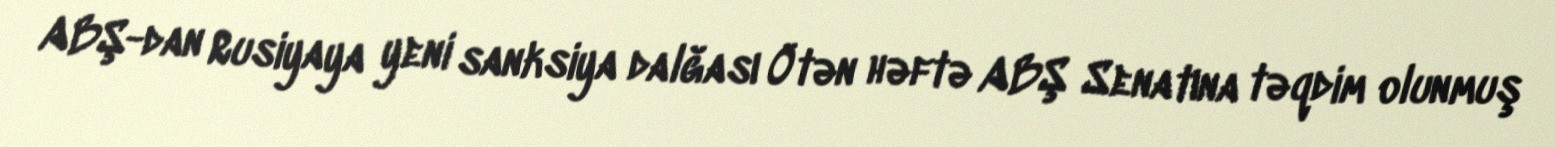
ABŞ-dan Rusiyaya yeni sanksiya dalğası Ötən həftə ABŞ Senatına təqdim olunmuş